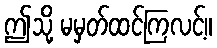
ဤသို့ မမှတ်ထင်ကြလင့်။